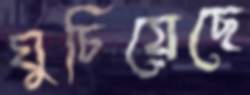
ঘুচিয়েছে